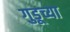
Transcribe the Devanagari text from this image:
गुडूच्या